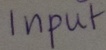
Text: Input